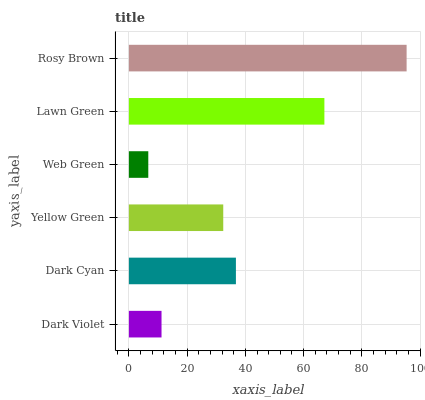
| yaxis_label | bars |
 | --- | --- |
 | Dark Violet | 11.2 |
 | Dark Cyan | 36.8 |
 | Yellow Green | 32.4 |
 | Web Green | 6.66 |
 | Lawn Green | 67.1 |
 | Rosy Brown | 95.4 |